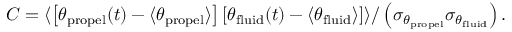
C = \langle \left[ \theta _ { \mathrm { p r o p e l } } ( t ) - \langle \theta _ { \mathrm { p r o p e l } } \rangle \right] \left[ \theta _ { \mathrm { f l u i d } } ( t ) - \langle \theta _ { \mathrm { f l u i d } } \rangle \right] \rangle / \left( \sigma _ { \theta _ { \mathrm { p r o p e l } } } \sigma _ { \theta _ { \mathrm { f l u i d } } } \right) .